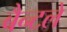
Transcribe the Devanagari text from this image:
बैन्टले